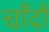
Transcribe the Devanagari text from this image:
चाँदों